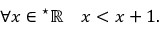
\forall x \in { } ^ { \star } \mathbb { R } \quad x < x + 1 .